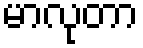
မာလုတာ